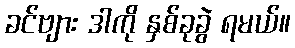
ခင်ဗျား ဒါကို နှစ်ခုခွဲ ရမယ်။